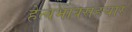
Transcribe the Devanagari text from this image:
हेत्वभावसहचार